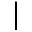
\mid